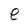
Character: e